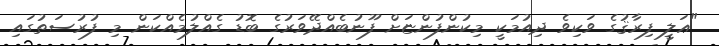
"ޢަލީ ފިރާޤުގެ ވަކިވެ ދިއުމަކީ މިކުންފުންޏަށް ފޫނުބެއްދޭވަރުގެ ބޮޑު ގެއްލުމެއްކަން މި ފުރުސަތުގައި